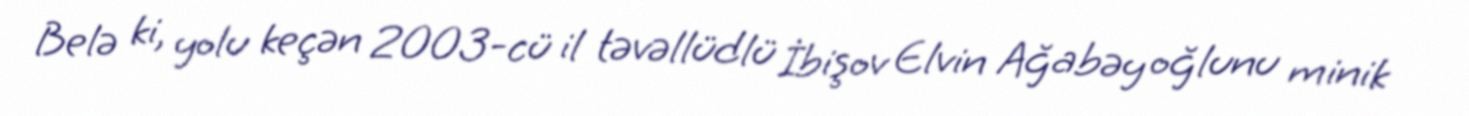
Belə ki, yolu keçən 2003-cü il təvəllüdlü İbişov Elvin Ağabəy oğlunu minik